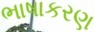
ભાષાકરણ